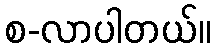
စ-လာပါတယ်။